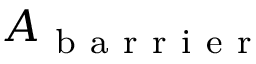
A _ { \mathrm { ~ b ~ a ~ r ~ r ~ i ~ e ~ r ~ } }